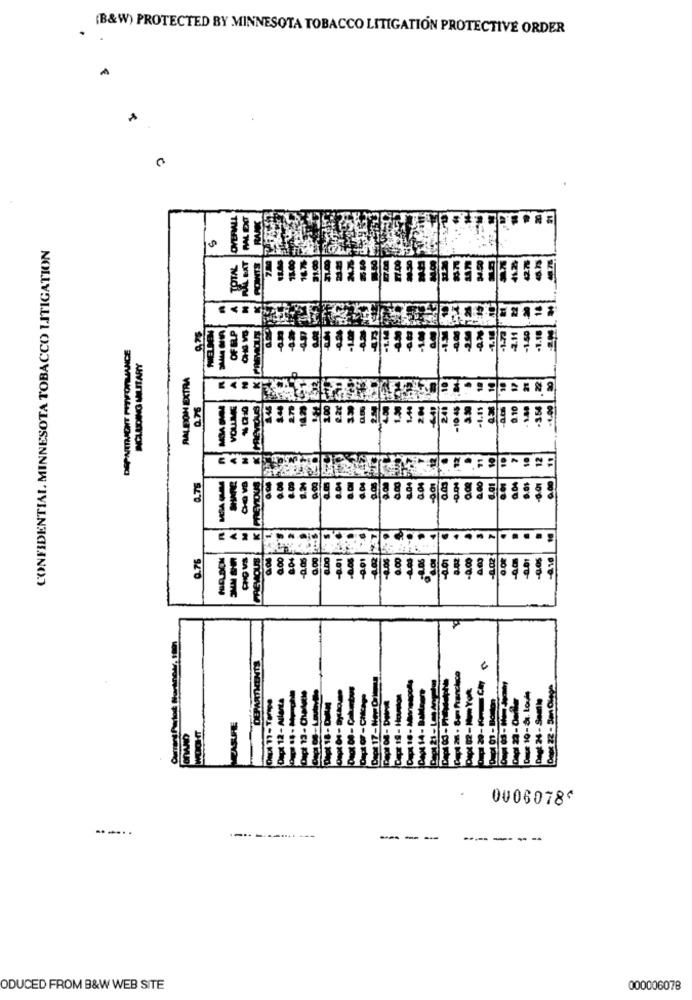
(B&W) PROTECTED BY MINNESOTA TOBACCO LITIGATION PROTECTIVE ORDER
TM
CONFIDENTIAL MINNESOTA TOBACCO LITIGATION
INCLUDING MILITARY
NO
RALEIGH EXTRA
0.75
PREVIOUS
0.76
0006078^
---
---
-----
ODUCED FROM B&W WEB SITE
000006078